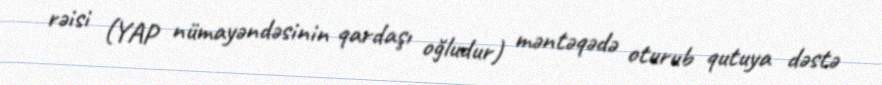
rəisi (YAP nümayəndəsinin qardaşı oğludur) məntəqədə oturub qutuya dəstə